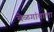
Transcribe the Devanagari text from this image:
बेळगांवाला